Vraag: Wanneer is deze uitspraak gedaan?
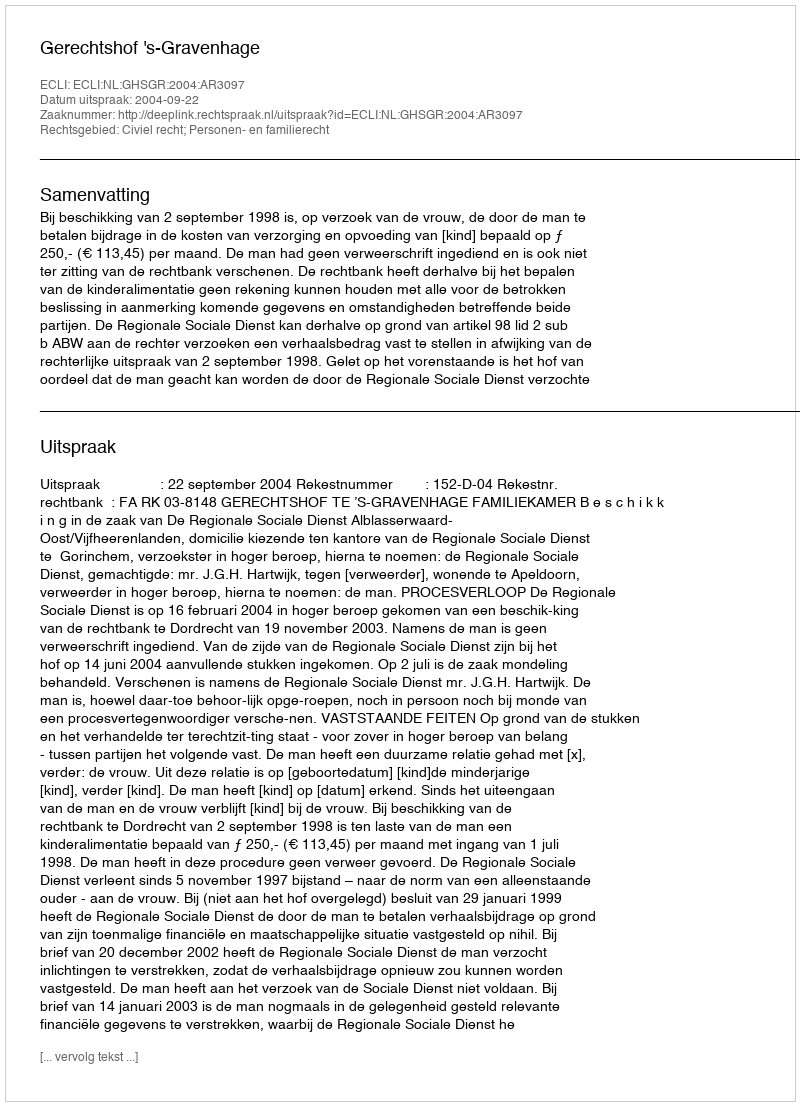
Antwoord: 2004-09-22